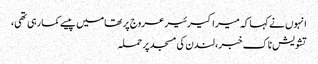
انہوں نے کہا کہ میرا کیرئیر عروج پر تھامیں پیسے کما رہی تھی،
تشویش ناک خبر، لندن کی مسجد پر حملہ